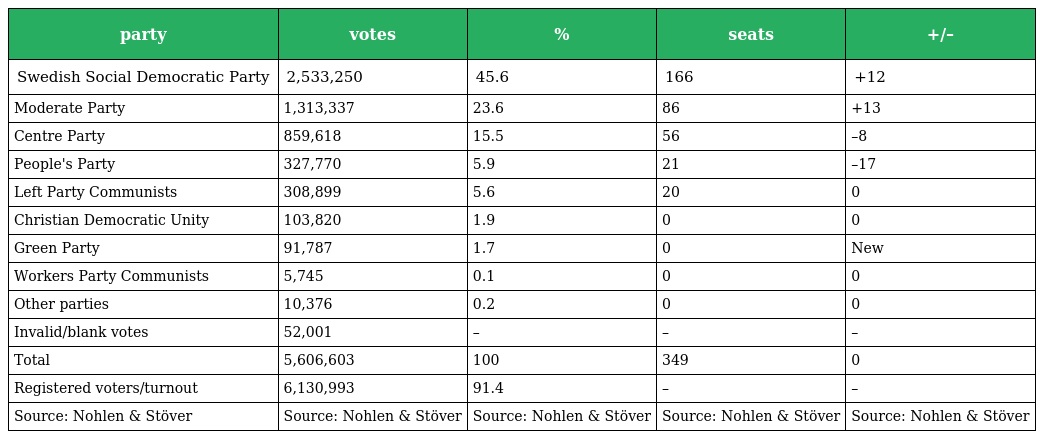
| party | votes | % | seats | +/– |
 | --- | --- | --- | --- | --- |
 | Swedish Social Democratic Party | 2,533,250 | 45.6 | 166 | +12 |
 | Moderate Party | 1,313,337 | 23.6 | 86 | +13 |
 | Centre Party | 859,618 | 15.5 | 56 | –8 |
 | People's Party | 327,770 | 5.9 | 21 | –17 |
 | Left Party Communists | 308,899 | 5.6 | 20 | 0 |
 | Christian Democratic Unity | 103,820 | 1.9 | 0 | 0 |
 | Green Party | 91,787 | 1.7 | 0 | New |
 | Workers Party Communists | 5,745 | 0.1 | 0 | 0 |
 | Other parties | 10,376 | 0.2 | 0 | 0 |
 | Invalid/blank votes | 52,001 | – | – | – |
 | Total | 5,606,603 | 100 | 349 | 0 |
 | Registered voters/turnout | 6,130,993 | 91.4 | – | – |
 | Source: Nohlen & Stöver | Source: Nohlen & Stöver | Source: Nohlen & Stöver | Source: Nohlen & Stöver | Source: Nohlen & Stöver |